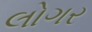
લોગર